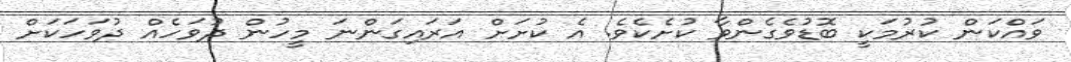
ވައްކަން ކުރުމަކީ ބޮޑުވެގެންވާ ކުށެކެވެ. އެ ކުށަށް އަރައިގަންނަ މީހުން ދުވަހެއް ދުވަހަކަށް